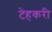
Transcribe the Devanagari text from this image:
टेहकरी